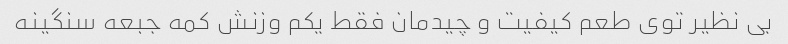
بی نظیر توی طعم کیفیت و چیدمان فقط یکم وزنش کمه جبعه سنگینه